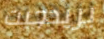
بريدجيت